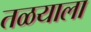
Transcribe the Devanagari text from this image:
तळयाला